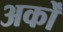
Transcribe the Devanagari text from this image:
अर्कों